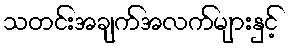
သတင်းအချက်အလက်များနှင့်